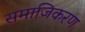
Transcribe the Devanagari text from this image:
समाजिकरण